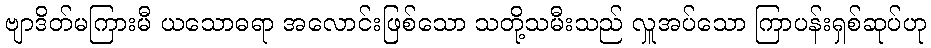
ဗျာဒိတ်မကြားမီ ယသောဓရာ အလောင်းဖြစ်သော သတို့သမီးသည် လှူအပ်သော ကြာပန်းရှစ်ဆုပ်ဟု